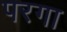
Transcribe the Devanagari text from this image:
परगा